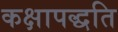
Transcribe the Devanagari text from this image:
कक्षापद्धति